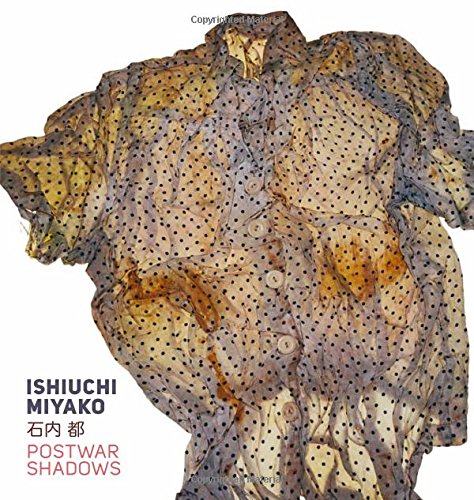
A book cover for Ishiuchi Miyako: Postwar Shadows; Amanda Maddox; Arts & Photography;